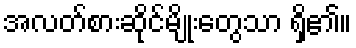
အလတ်စားဆိုင်မျိုးတွေသာ ရှိ၏။